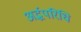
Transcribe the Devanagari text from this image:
अर्द्धपरिधि